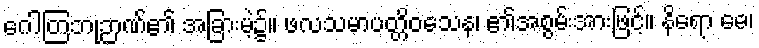
ဂေါတြဘုဉာဏ်၏ အခြားမဲ့၌။ ဖလသမာပတ္တိဝသေန၊ ၏အစွမ်းအားဖြင့်။ နိရော ဓေ၊